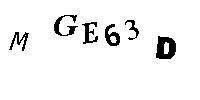
MGE63D